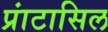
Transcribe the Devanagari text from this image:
प्रांटासिल